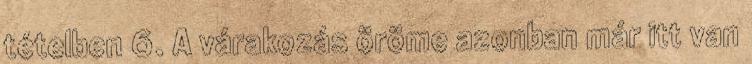
tételben 6. A várakozás öröme azonban már itt van